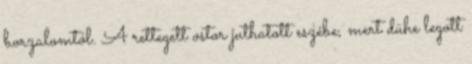
borzalomtól. A rettegett ostor juthatott eszébe, mert dühe legott